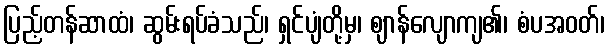
ပြည့်တန်ဆာထံ၊ ဆွမ်းရပ်ခံသည်၊ ရှင်ပျံတို့မှ၊ ဈာန်လျောကျ၏၊ စံပအဝတ်၊